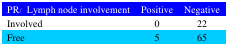
<table><thead><tr><td><b>PR / Lymph node involvement</b></td><td><b>Positive</b></td><td><b>Negative</b></td></tr></thead><tbody><tr><td>Involved</td><td>0</td><td>22</td></tr><tr><td>Free</td><td>5</td><td>65</td></tr></tbody></table>